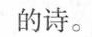
的诗。